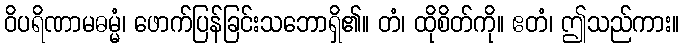
ဝိပရိဏာမဓမ္မံ၊ ဖောက်ပြန်ခြင်းသဘောရှိ၏။ တံ၊ ထိုစိတ်ကို။ ဧတံ၊ ဤသည်ကား။